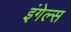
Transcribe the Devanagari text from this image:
इंगेल्स